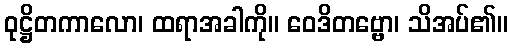
ဝုဋ္ဌိတကာလော၊ ထရာအခါကို။ ဝေဒိတဗ္ဗော၊ သိအပ်၏။